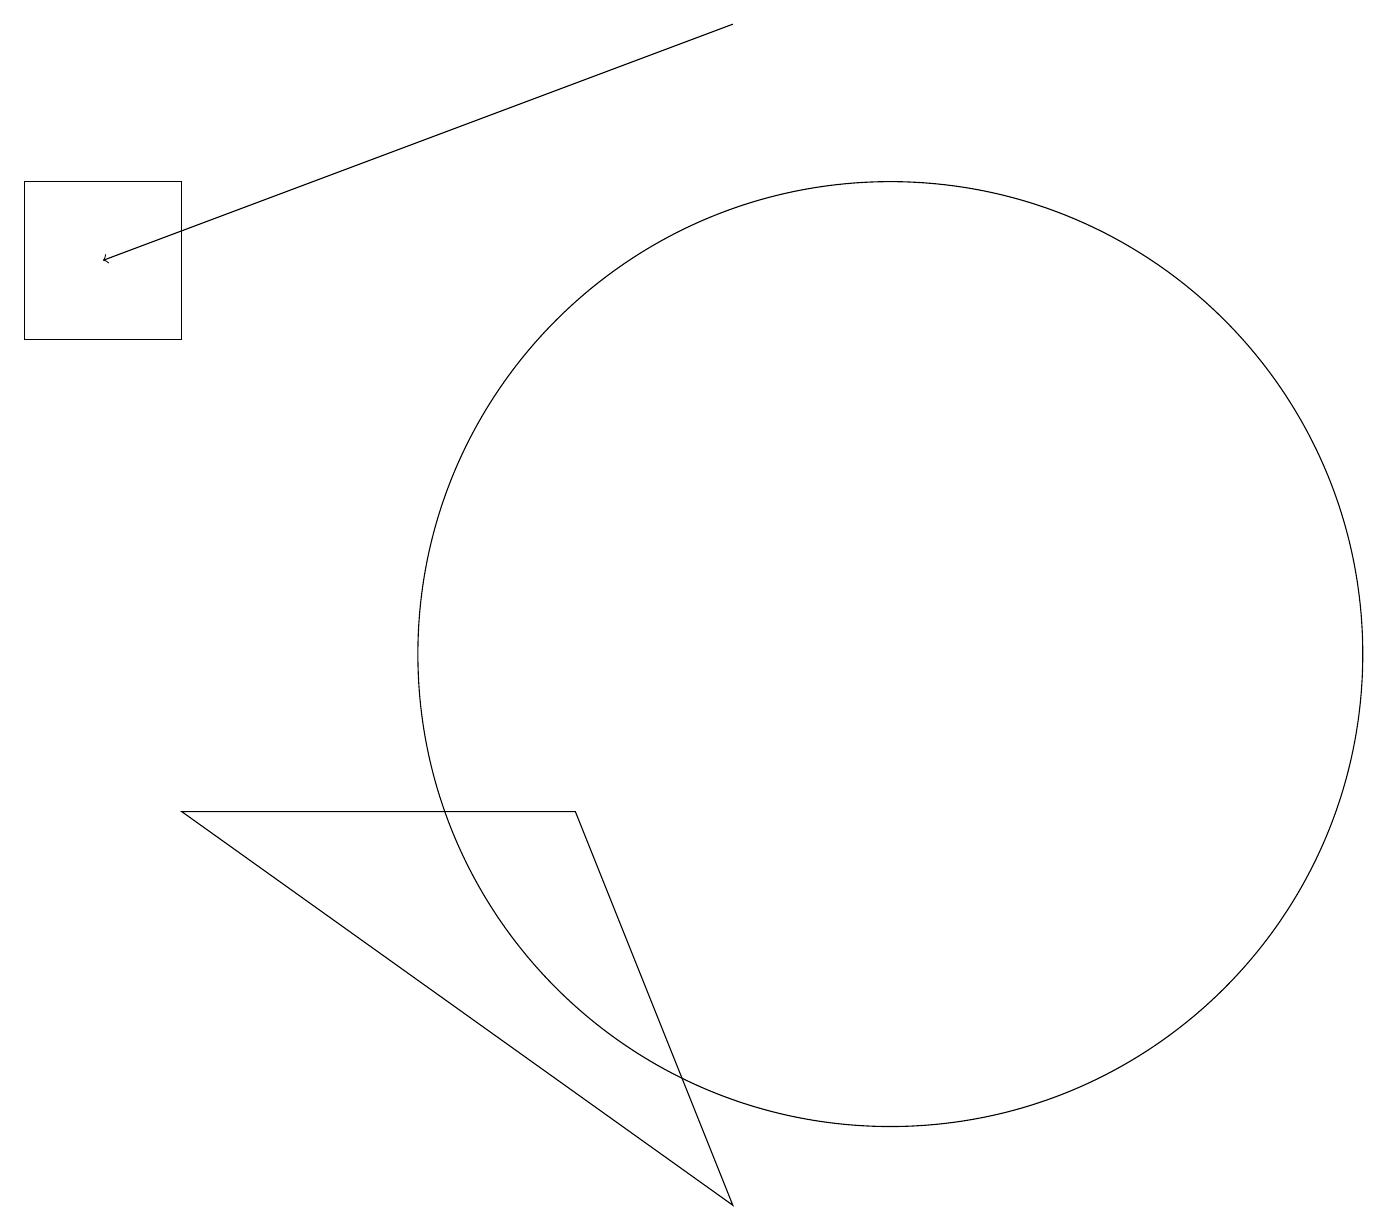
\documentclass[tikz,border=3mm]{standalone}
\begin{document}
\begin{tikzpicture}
\draw (11,11) circle (6);
\draw (9,4) -- (7,9) -- (2,9) -- cycle;
\draw[->] (9,19) -- (1,16);
\draw (2,17) rectangle (0,15);
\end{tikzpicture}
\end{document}